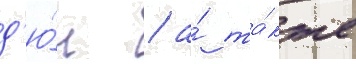
д'ю́н / а́ та́кже